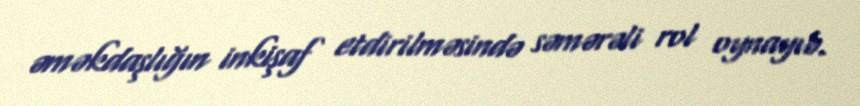
əməkdaşlığın inkişaf etdirilməsində səmərəli rol oynayıb.